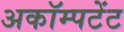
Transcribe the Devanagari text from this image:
अकॉम्पटेंट